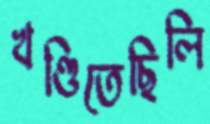
খণ্ডিতেছিলি